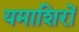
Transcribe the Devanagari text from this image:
यमाशिरों